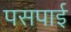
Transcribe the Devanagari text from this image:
पसपाई